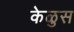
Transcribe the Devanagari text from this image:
केळुस